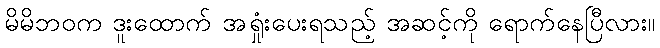
မိမိဘဝက ဒူးထောက် အရှုံးပေးရသည့် အဆင့်ကို ရောက်နေပြီလား။